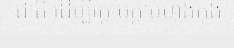
ជាតិ ដើម្បីក្តោបក្តាប់ហុងកុង